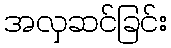
အလှဆင်ခြင်း